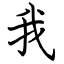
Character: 我